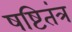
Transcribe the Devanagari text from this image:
षष्टितंत्र